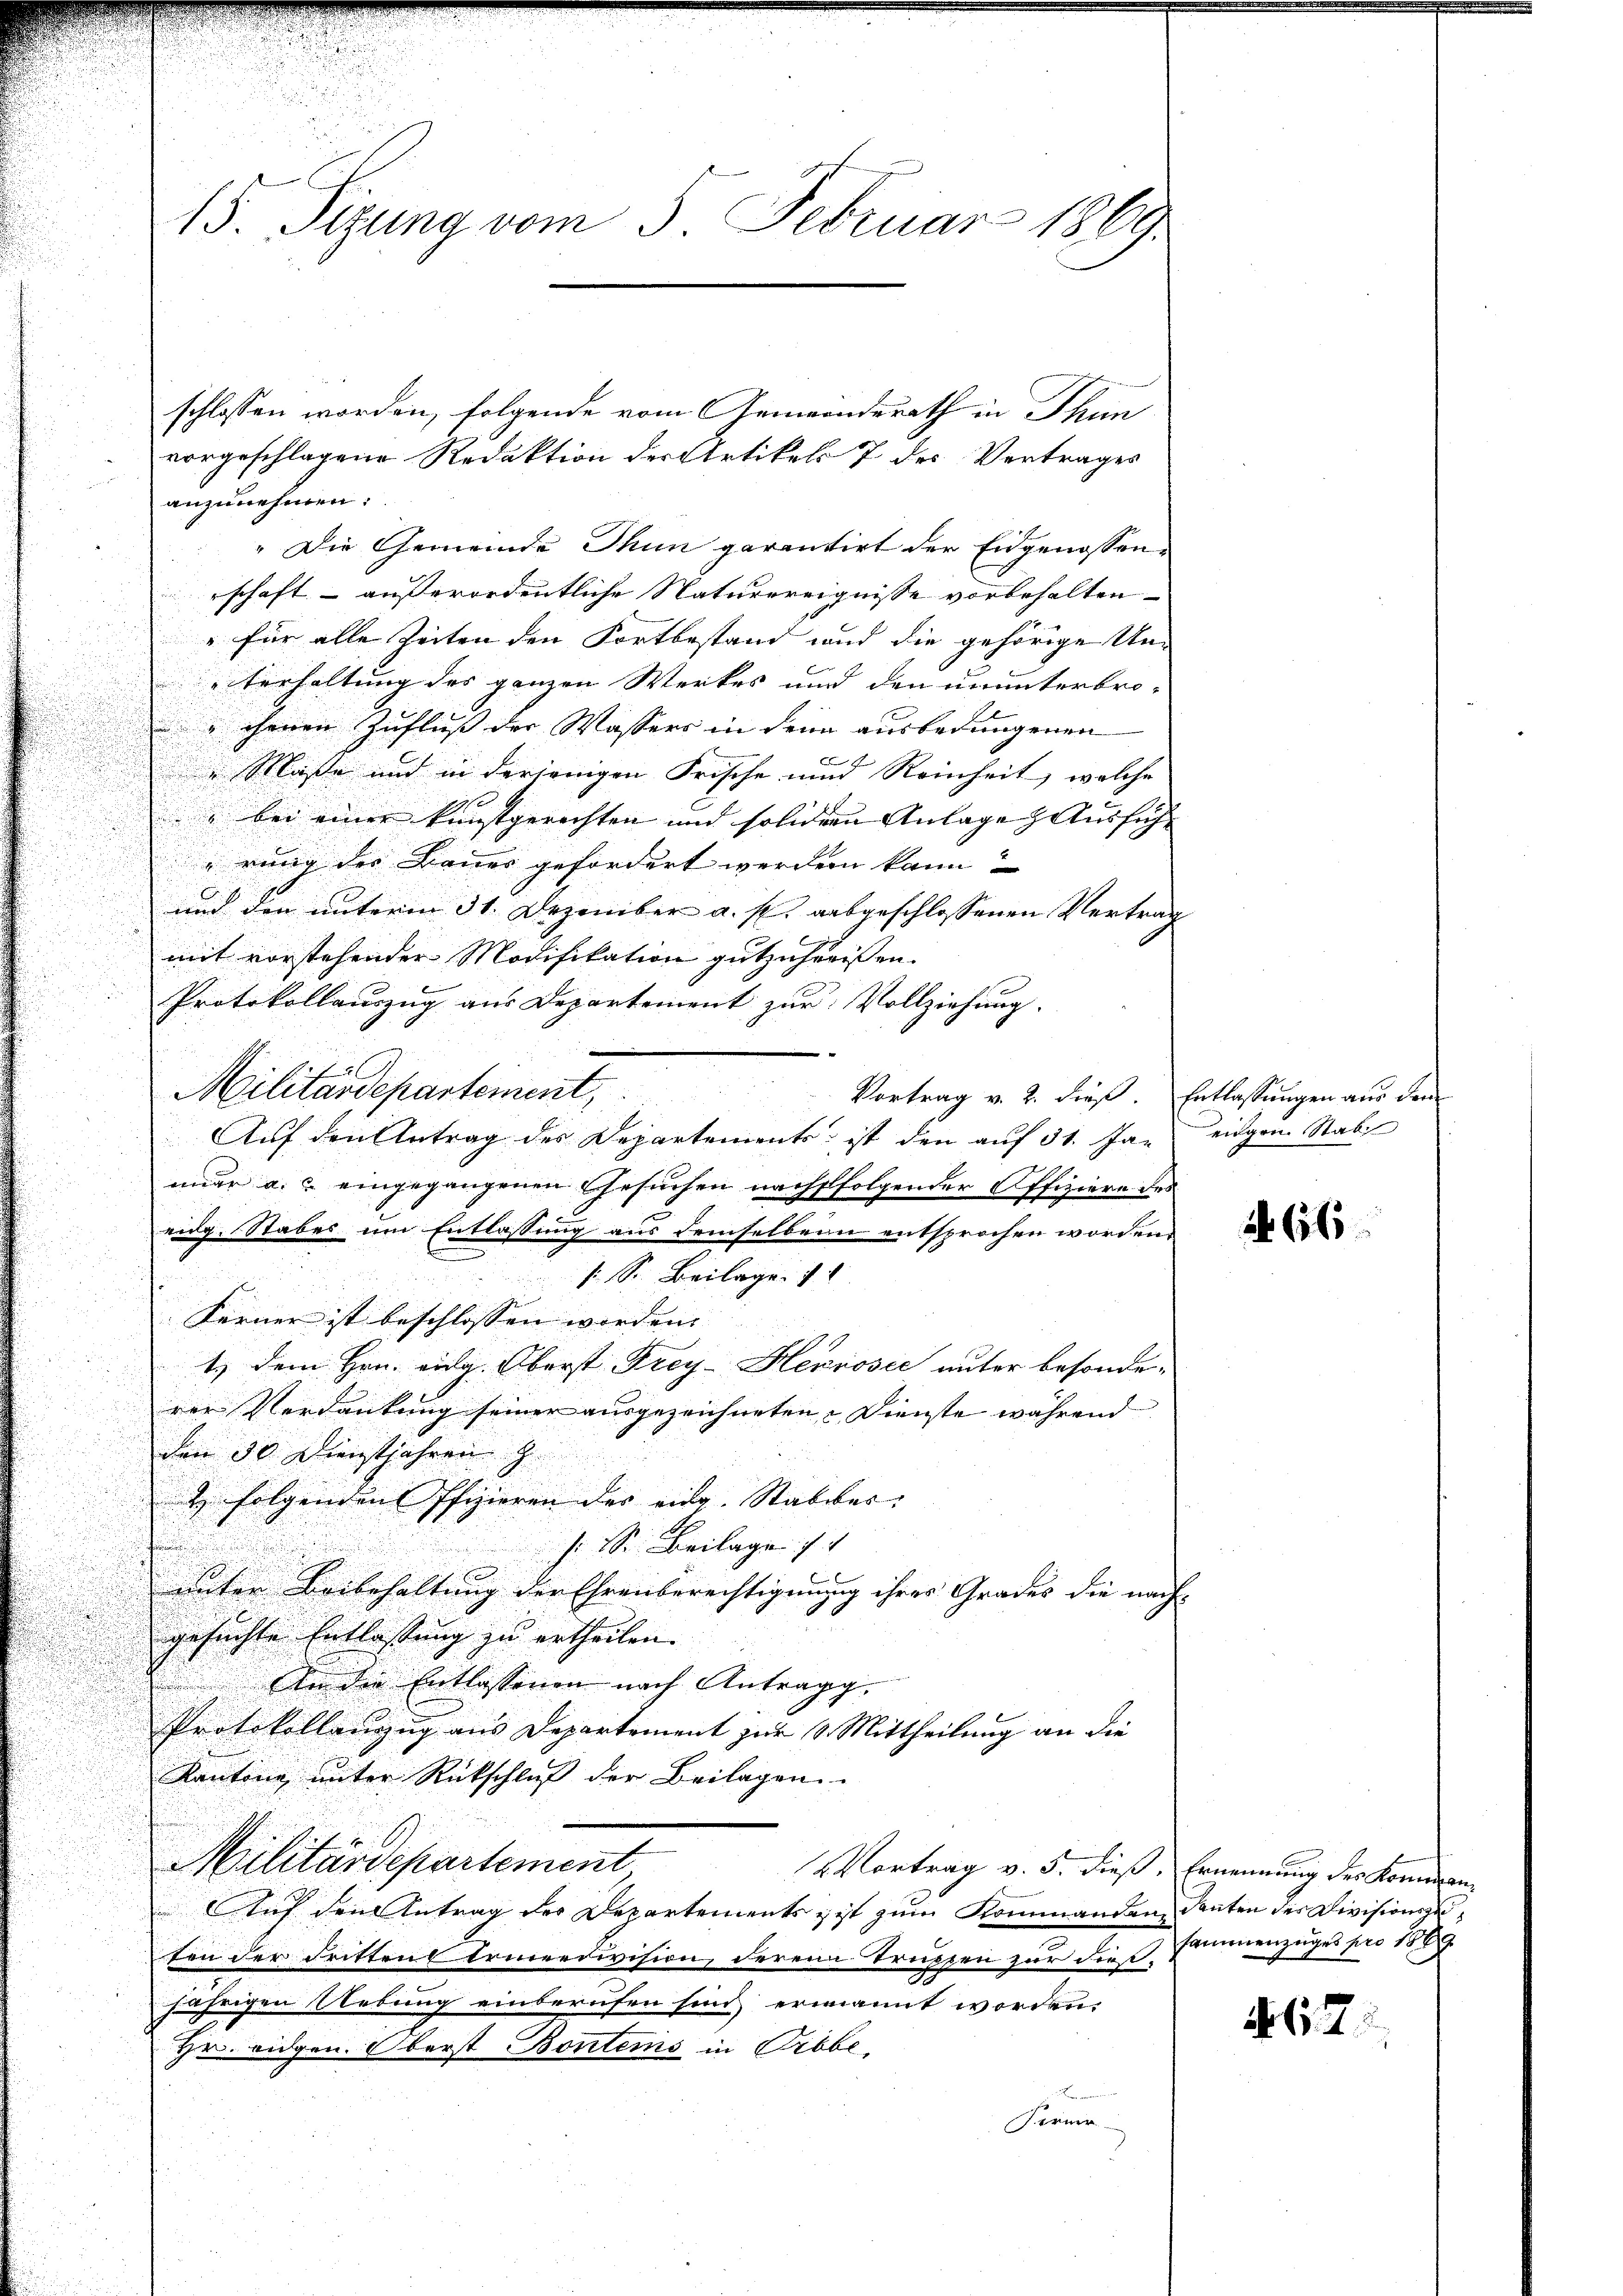
15. Sizung vom 3. Februar 1869

schlossen worden, folgende vom Gemeinderath in Thun
vorgeschlagene Redaktion der Artikel 7 des Vertrages
anzunehmen:
" Die Gemeinde Thun garantirt der Eidgenossenschaft – außerordentliche Naturereignisse vorbehalten
" für alle Zeiten den Fortbestand und die gehörige Un-
terhaltung des ganzen Werkes und den ununterbro-
chenen Zufluß der Wassers in denn ausbedungenen
xx
 Maße und in derjenigen Frische und Reinheit, welche
" bei einer kunstgerichten und solider Anlage ausfüh- |
rung der Bauer gefordert werden kann.
und den unterm 31. Dezember a. p. ausgeschlossenen Vertrag
mit vorstehenden Modifikation gutzuhausen.
Protokollauszug aus Departement zur Vollziehung.
Militärdepartement,
Vortrag v. 2. dieß. Entlassungen aus dem
nuar a. u. eingegangenen Gesuchen nachstfolgender Offiziere des
eidg. Stabes um Entlassung aus demselben entsprochen worden.
1 S. Beilage.
Ferner ist beschlossen worden. |
1.) Dem Hrn. eidg. Oberst Frey-Heprosee unter besonde-
rer Verdankung seiner ausgezeichneten Dienste während |
den 30. Dienstjahren z
2 folgenden Pfizieren der eidg. Stabbar.
.
s. S. Beilage 11
unter Beibehaltung der Ehrenberechtigungg ihrer Grades die nach |
gesuchte Entlassung zu ertheilen.
In die Entlassenen nach Antragg.
Protokollauszug aus Departement zur 1. Mittheilung an die
Kantone unter Rückschluß der Beilagen
Militärdepartement
Vortrag v. 5. dieß, Ernennung des Komman¬
Auf den Antrag des Departements, ist zum Rommanden, deuten der Divisionszuten der Fritten Armeedivision derem Truppen zur diesjährigen Uebung einberufen sind ernannt worden.
Hr. Eidgen. Oberst Bontems in Probe,
Forme

Auf den Antrag des Departements ist den auf 31. Ja-

eidgen. Stab

66

sammenzuges pro 1889

617.